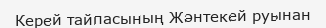
Керей тайпасының Жәнтекей руынан